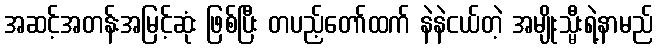
အဆင့်အတန်းအမြင့်ဆုံး ဖြစ်ပြီး တပည့်တော်ထက် နဲနဲငယ်တဲ့ အမျိုးသ္မီးရဲ့နာမည်